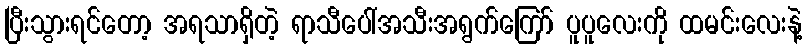
ပြီးသွားရင်တော့ အရသာရှိတဲ့ ရာသီပေါ်အသီးအရွက်ကြော် ပူပူလေးကို ထမင်းလေးနဲ့